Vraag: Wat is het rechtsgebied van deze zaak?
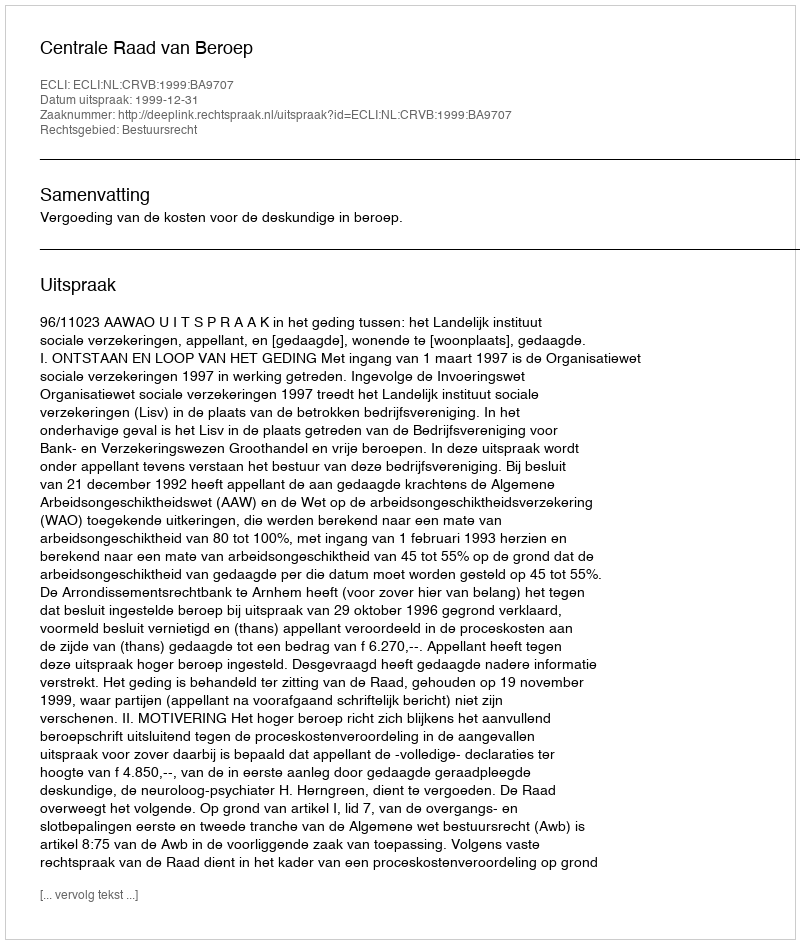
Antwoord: Bestuursrecht